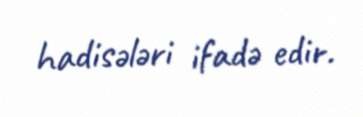
hadisələri ifadə edir.